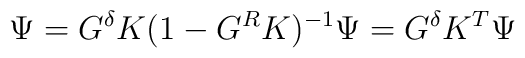
\Psi=G^\delta K(1-G^RK)^{-1}\Psi=G^\delta K^T\Psi